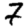
Digit: 7